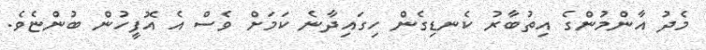
މެދު އާންމުންގެ އިތުބާރު ކެނޑިގެން ހިގައިދާނެ ކަމަށް ވެސް އެ އޮފީހުން ބުންޏެވެ.